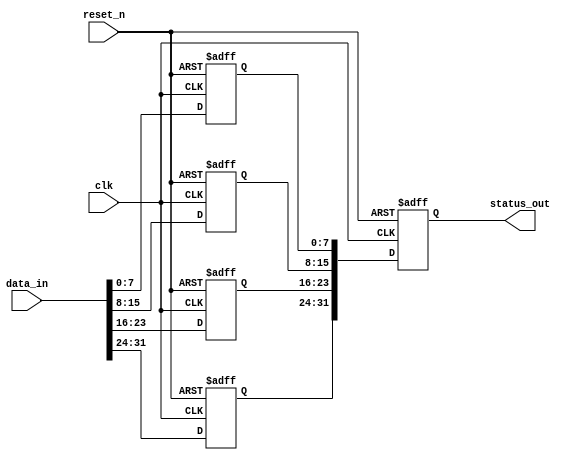
module MemoryBlockFlipFlopDetector #(
    parameter NUM_MEMORY_BLOCKS = 4,
    parameter FLIP_FLOPS_PER_BLOCK = 8
)(
    input wire clk,
    input wire reset_n,  // Active low reset
    input wire [NUM_MEMORY_BLOCKS * FLIP_FLOPS_PER_BLOCK - 1:0] data_in,  // Input data
    output reg [NUM_MEMORY_BLOCKS * FLIP_FLOPS_PER_BLOCK - 1:0] status_out // Status output
);

// Memory Blocks
reg [FLIP_FLOPS_PER_BLOCK - 1:0] memory_block [0:NUM_MEMORY_BLOCKS-1];

// Edge detection logic
reg [FLIP_FLOPS_PER_BLOCK - 1:0] prev_state [0:NUM_MEMORY_BLOCKS-1];
reg [FLIP_FLOPS_PER_BLOCK - 1:0] edge_detected [0:NUM_MEMORY_BLOCKS-1];

// Initialize and reset
integer i, j;

always @(posedge clk or negedge reset_n) begin
    if (!reset_n) begin
        // Reset all memory blocks and status outputs
        for (i = 0; i < NUM_MEMORY_BLOCKS; i = i + 1) begin
            memory_block[i] <= {FLIP_FLOPS_PER_BLOCK{1'b0}};
            prev_state[i] <= {FLIP_FLOPS_PER_BLOCK{1'b0}};
            edge_detected[i] <= {FLIP_FLOPS_PER_BLOCK{1'b0}};
        end
        status_out <= {NUM_MEMORY_BLOCKS * FLIP_FLOPS_PER_BLOCK{1'b0}};
    end else begin
        // Capture states on clock edges
        for (i = 0; i < NUM_MEMORY_BLOCKS; i = i + 1) begin
            memory_block[i] <= data_in[i * FLIP_FLOPS_PER_BLOCK +: FLIP_FLOPS_PER_BLOCK];

            // Detect edges for each flip-flop in the memory block
            for (j = 0; j < FLIP_FLOPS_PER_BLOCK; j = j + 1) begin
                if (prev_state[i][j] != memory_block[i][j]) begin
                    edge_detected[i][j] <= 1'b1;  // Edge detected
                end else begin
                    edge_detected[i][j] <= 1'b0;  // No edge detected
                end
            end
            
            // Update previous states
            prev_state[i] <= memory_block[i];
        end

        // Compile statuses from all memory blocks
        for (i = 0; i < NUM_MEMORY_BLOCKS; i = i + 1) begin
            status_out[i * FLIP_FLOPS_PER_BLOCK +: FLIP_FLOPS_PER_BLOCK] <= memory_block[i];
        end
    end
end

endmodule